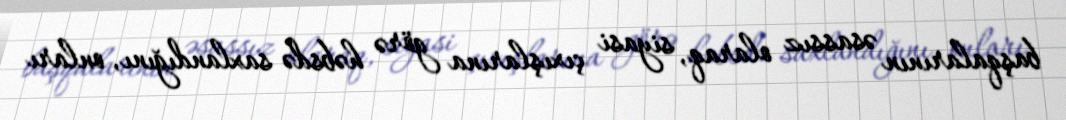
başqalarının əsassız olaraq, siyasi çıxışlarına görə həbsdə saxlandığını, onları